Specificity of antivenomous sera, with special reference to a serum prepared with the venom of Daboia russellii - Number 16
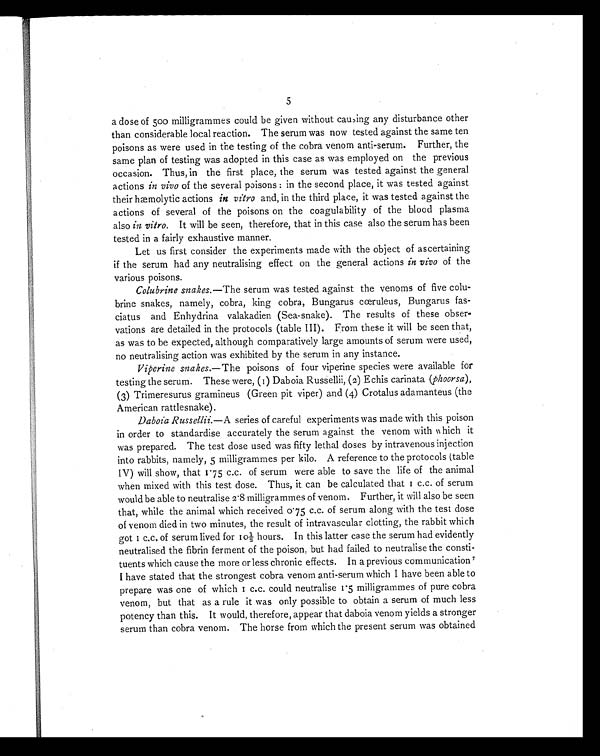
5
a dose of 500 milligrammes could be given without causing any disturbance other
than considerable local reaction. The serum was now tested against the same ten
poisons as were used in the testing of the cobra venom anti-serum. Further, the
same plan of testing was adopted in this case as was employed on the previous
occasion. Thus, in the first place, the serum was tested against the general
actions in vivo of the several poisons : in the second place, it was tested against
their hæmolytic actions in vitro and, in the third place, it was tested against the
actions of several of the poisons on the coagulability of the blood plasma
also in vitro. It will be seen, therefore, that in this case also the serum has been
tested in a fairly exhaustive manner.
Let us first consider the experiments made with the object of ascertaining
if the serum had any neutralising effect on the general actions in vivo of the
various poisons.
Colubrine snakes. —The serum was tested against the venoms of five colu-
brine snakes, namely, cobra, king cobra, Bungarus cœruleus, Bungarus fas-
ciatus and Enhydrina valakadien (Sea-snake). The results of these obser-
vations are detailed in the protocols (table III). From these it will be seen that,
as was to be expected, although comparatively large amounts of serum were used,
no neutralising action was exhibited by the serum in any instance.
Viperine snakes.—The poisons of four viperine species were available for
testing the serum. These were, (1) Daboia Russellii, (2) Echis carinata ( phoorsa),
(3) Trimeresurus gramineus (Green pit viper) and (4) Crotalus adamanteus (the
American rattlesnake).
Daboia Russellii. —A series of careful experiments was made with this poison
in order to standardise accurately the serum against the venom with which it
was prepared. The test dose used was fifty lethal doses by intravenous injection
into rabbits, namely, 5 milligrammes per kilo. A reference to the protocols (table
IV) will show, that 1.75 c.c. of serum were able to save the life of the animal
when mixed with this test dose. Thus, it can be calculated that 1 c.c. of serum
would be able to neutralise 2.8 milligrammes of venom. Further, it will also be seen
that, while the animal which received 0.75 c.c. of serum along with the test dose
of venom died in two minutes, the result of intravascular clotting, the rabbit which
got 1 c.c. of serum lived for 10½ hours. In this latter case the serum had evidently
neutralised the fibrin ferment of the poison, but had failed to neutralise the consti-
tuents which cause the more or less chronic effects. In a previous communication 7
I have stated that the strongest cobra venom anti-serum which I have been able to
prepare was one of which 1 c.c. could neutralise 1.5 milligrammes of pure cobra
venom, but that as a rule it was only possible to obtain a serum of much less
potency than this. It would, therefore, appear that daboia venom yields a stronger
serum than cobra venom. The horse from which the present serum was obtained